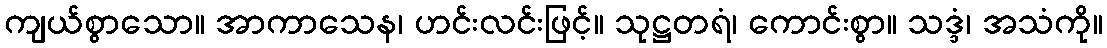
ကျယ်စွာသော။ အာကာသေန၊ ဟင်းလင်းဖြင့်။ သုဋ္ဌတရံ၊ ကောင်းစွာ။ သဒ္ဒံ၊ အသံကို။